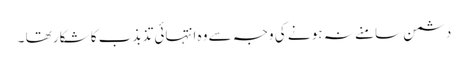
دشمن سامنے نہ ہو نے کی وجہ سے وہ انتہائی تذبذب کا شکار تھا ۔